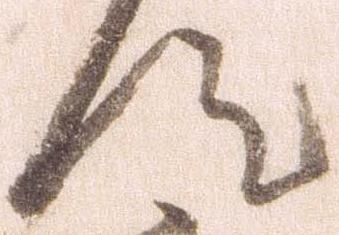
汰